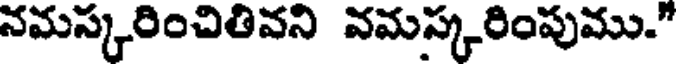
నమస్కరించితివని వమస్కరింపుము."